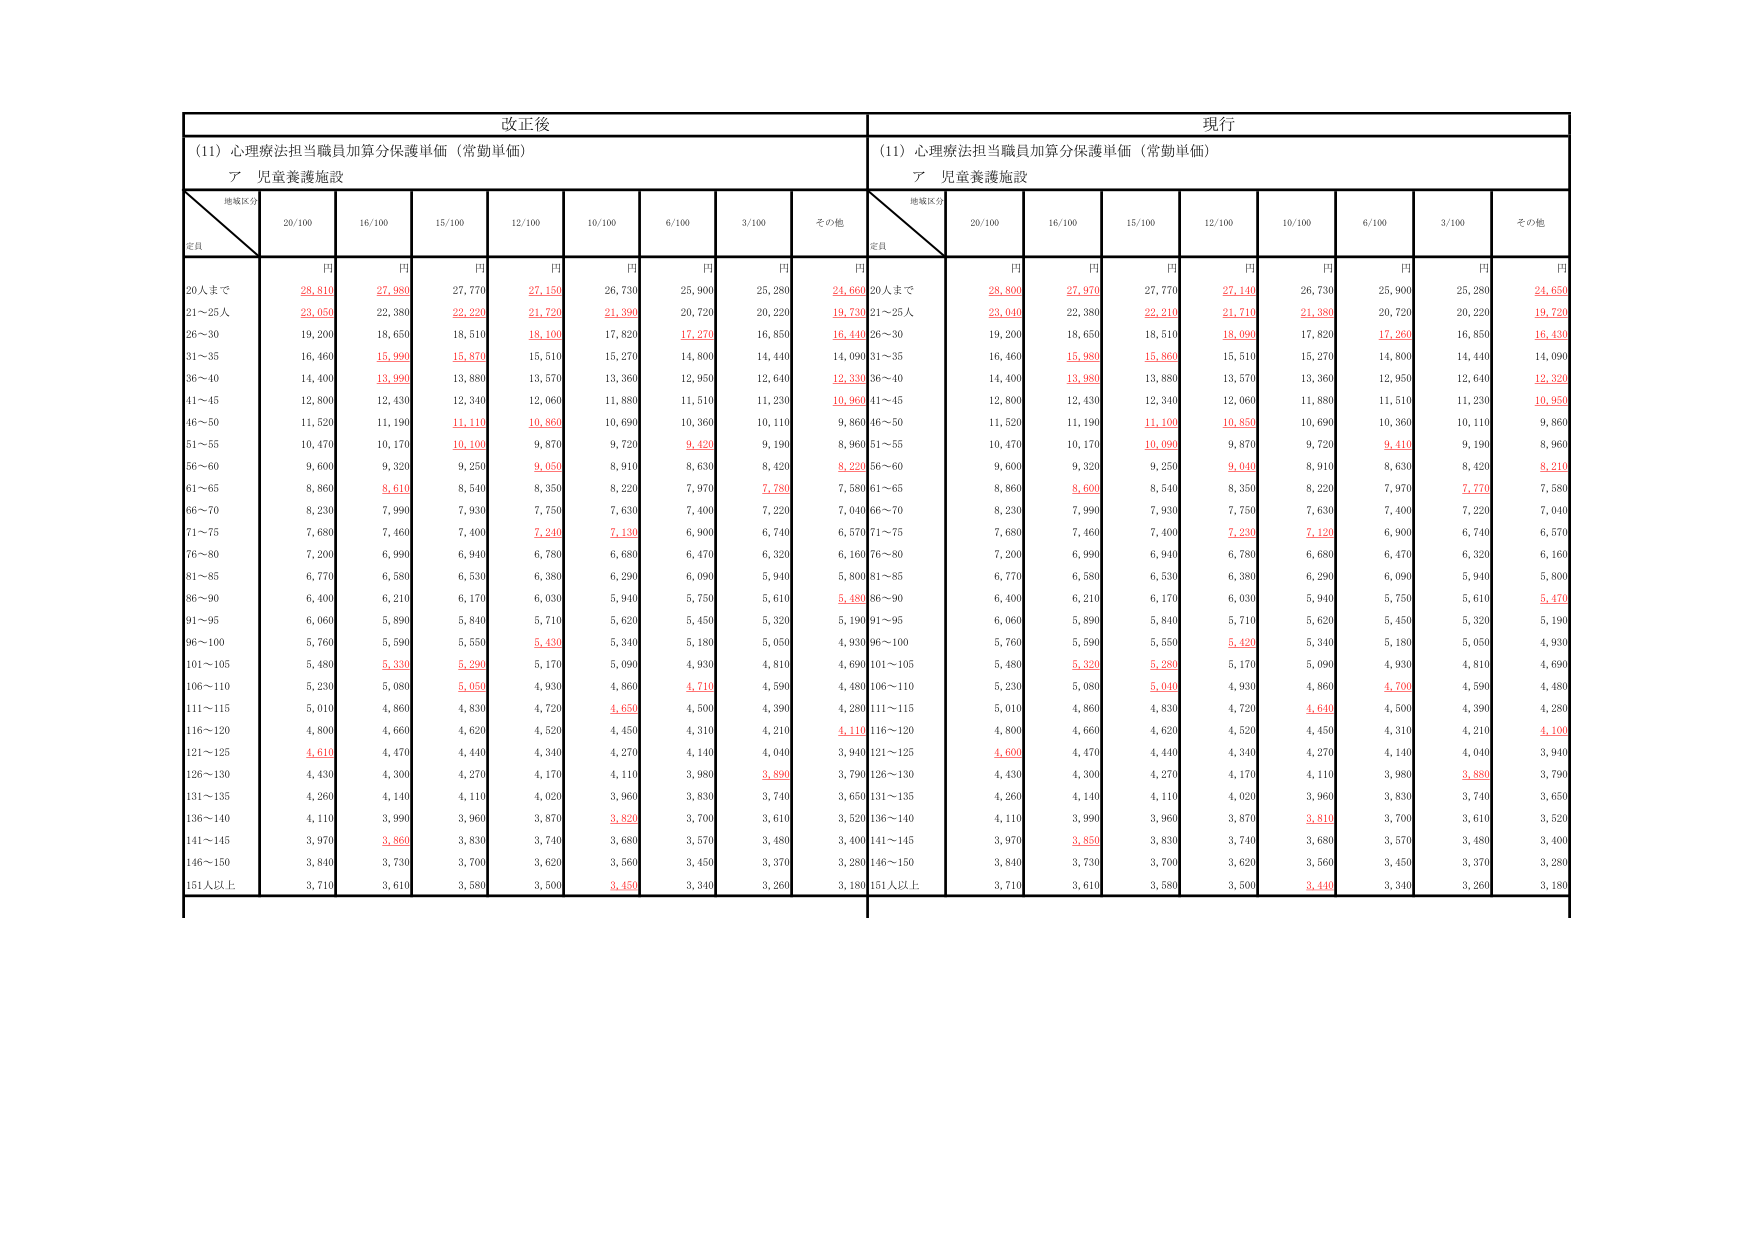
改正後
(11) 心理療法担当職員加算分保護単価（常勤単価）
ア 児童養護施設
地域区分
定員
20/100
16/100
15/100
12/100
10/100
6/100
3/100
その他
円
円
円
円
円
円
円
円
20人まで
28,810
27,980
27,770
27,150
26,730
25,900
25,280
24,660
21～25人
23,050
22,380
22,220
21,720
21,390
20,720
20,220
19,730
26～30
19,200
18,650
18,510
18,100
17,820
17,270
16,850
16,440
31～35
16,460
15,990
15,870
15,510
15,270
14,900
14,440
14,090
36～40
14,400
13,990
13,880
13,570
13,360
12,950
12,640
12,330
41～45
12,800
12,430
12,340
12,060
11,880
11,510
11,230
10,960
46～50
11,520
11,190
11,110
10,860
10,690
10,360
10,110
9,860
51～55
10,470
10,170
10,100
9,870
9,720
9,420
9,190
8,960
56～60
9,600
9,320
9,250
9,050
8,910
8,630
8,420
8,220
61～65
8,860
8,610
8,540
8,350
8,220
7,970
7,780
7,580
66～70
8,230
7,990
7,930
7,750
7,630
7,400
7,220
7,040
71～75
7,680
7,460
7,400
7,240
7,130
6,900
6,740
6,570
76～80
7,200
6,990
6,940
6,780
6,680
6,470
6,320
6,160
81～85
6,770
6,580
6,530
6,380
6,290
6,090
5,940
5,800
86～90
6,400
6,210
6,170
6,030
5,940
5,750
5,610
5,480
91～95
6,060
5,890
5,840
5,710
5,620
5,450
5,320
5,190
96～100
5,760
5,590
5,550
5,430
5,340
5,180
5,050
4,930
101～105
5,480
5,330
5,290
5,170
5,090
4,930
4,810
4,690
106～110
5,230
5,080
5,050
4,930
4,860
4,710
4,590
4,480
111～115
5,010
4,860
4,830
4,720
4,650
4,500
4,390
4,280
116～120
4,800
4,660
4,620
4,520
4,450
4,310
4,210
4,110
121～125
4,610
4,470
4,440
4,340
4,270
4,140
4,040
3,940
126～130
4,430
4,300
4,270
4,170
4,110
3,980
3,890
3,790
131～135
4,260
4,140
4,110
4,020
3,960
3,830
3,740
3,650
136～140
4,110
3,990
3,960
3,870
3,820
3,700
3,610
3,520
141～145
3,970
3,860
3,830
3,740
3,680
3,570
3,480
3,400
146～150
3,840
3,730
3,700
3,620
3,560
3,450
3,370
3,280
151人以上
3,710
3,610
3,580
3,500
3,450
3,340
3,260
3,180
現行
(11) 心理療法担当職員加算分保護単価（常勤単価）
ア 児童養護施設
地域区分
定員
20/100
16/100
15/100
12/100
10/100
6/100
3/100
その他
円
円
円
円
円
円
円
円
20人まで
28,800
27,970
27,770
27,140
26,730
25,900
25,280
24,650
21～25人
23,040
22,380
22,210
21,710
21,380
20,720
20,220
19,720
26～30
19,200
18,650
18,510
18,090
17,820
17,260
16,850
16,430
31～35
16,460
15,980
15,860
15,510
15,270
14,800
14,440
14,090
36～40
14,400
13,980
13,880
13,570
13,360
12,950
12,640
12,320
41～45
12,800
12,430
12,340
12,060
11,880
11,510
11,230
10,950
46～50
11,520
11,190
11,100
10,850
10,690
10,360
10,110
9,860
51～55
10,470
10,170
10,090
9,870
9,720
9,410
9,190
8,960
56～60
9,600
9,320
9,250
9,040
8,910
8,630
8,420
8,210
61～65
8,860
8,600
8,540
8,350
8,220
7,970
7,770
7,580
66～70
8,230
7,990
7,930
7,750
7,630
7,400
7,220
7,040
71～75
7,680
7,460
7,400
7,230
7,120
6,900
6,740
6,570
76～80
7,200
6,990
6,940
6,780
6,680
6,470
6,320
6,160
81～85
6,770
6,580
6,530
6,380
6,290
6,090
5,940
5,800
86～90
6,400
6,210
6,170
6,030
5,940
5,750
5,610
5,470
91～95
6,060
5,890
5,840
5,710
5,620
5,450
5,320
5,190
96～100
5,760
5,590
5,550
5,420
5,340
5,180
5,050
4,930
101～105
5,480
5,320
5,280
5,170
5,090
4,930
4,810
4,690
106～110
5,230
5,080
5,040
4,930
4,860
4,700
4,590
4,480
111～115
5,010
4,860
4,830
4,720
4,640
4,500
4,390
4,280
116～120
4,800
4,660
4,620
4,520
4,450
4,310
4,210
4,100
121～125
4,600
4,470
4,440
4,340
4,270
4,140
4,040
3,940
126～130
4,430
4,300
4,270
4,170
4,110
3,980
3,880
3,790
131～135
4,260
4,140
4,110
4,020
3,960
3,830
3,740
3,650
136～140
4,110
3,990
3,960
3,870
3,810
3,700
3,610
3,520
141～145
3,970
3,850
3,830
3,740
3,680
3,570
3,480
3,400
146～150
3,840
3,730
3,700
3,620
3,560
3,450
3,370
3,280
151人以上
3,710
3,610
3,580
3,500
3,440
3,340
3,260
3,180